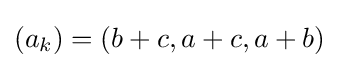
(a_{k})=(b+c,a+c,a+b)